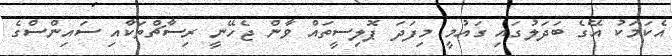
އެކަމަކު އޭގެ ބަދަލުގައި ގައުމީ މިފަދަ ޕޮލިސީތައް ވާން ޖެހޭނީ ރިސާޗްތަކާއި ސައިންސްގެ